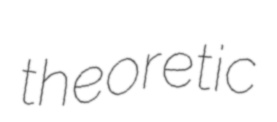
theoretic